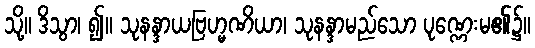
သို့။ ဒိသွာ၊ ၍။ သုနန္ဒာယဗြဟ္မဏိယာ၊ သုနန္ဒာမည်သော ပုဏ္ဏေးမ၏၌။